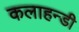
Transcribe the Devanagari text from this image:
कलाहन्डी